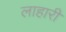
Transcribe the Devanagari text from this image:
लाहारी